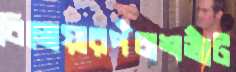
বিলোয়ারপঁচাশভাঁট